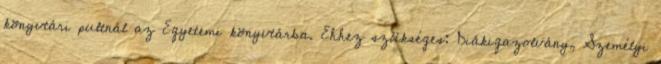
könyvtári pultnál az Egyetemi könyvtárba. Ehhez szükséges: Diákigazolvány, Személyi